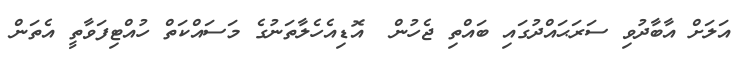
އަލަށް އާބާދުވި ސަރަޙައްދުގައި ބައްތި ޖެހުން  އޮޑިއެހެލާތަނުގެ މަސައްކަތް ހުއްޓިފަވާތީ އެތަން